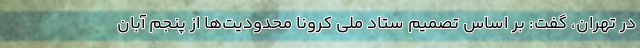
در تهران، گفت: بر اساس تصمیم ستاد ملی کرونا محدودیت‌ها از پنجم آبان